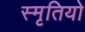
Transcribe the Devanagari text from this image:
स्मृतियो